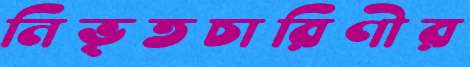
নিভৃতচারিণীর